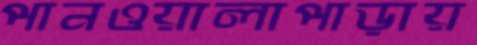
পানওয়ালাপাড়ায়